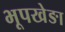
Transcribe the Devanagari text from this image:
भूपखेङा